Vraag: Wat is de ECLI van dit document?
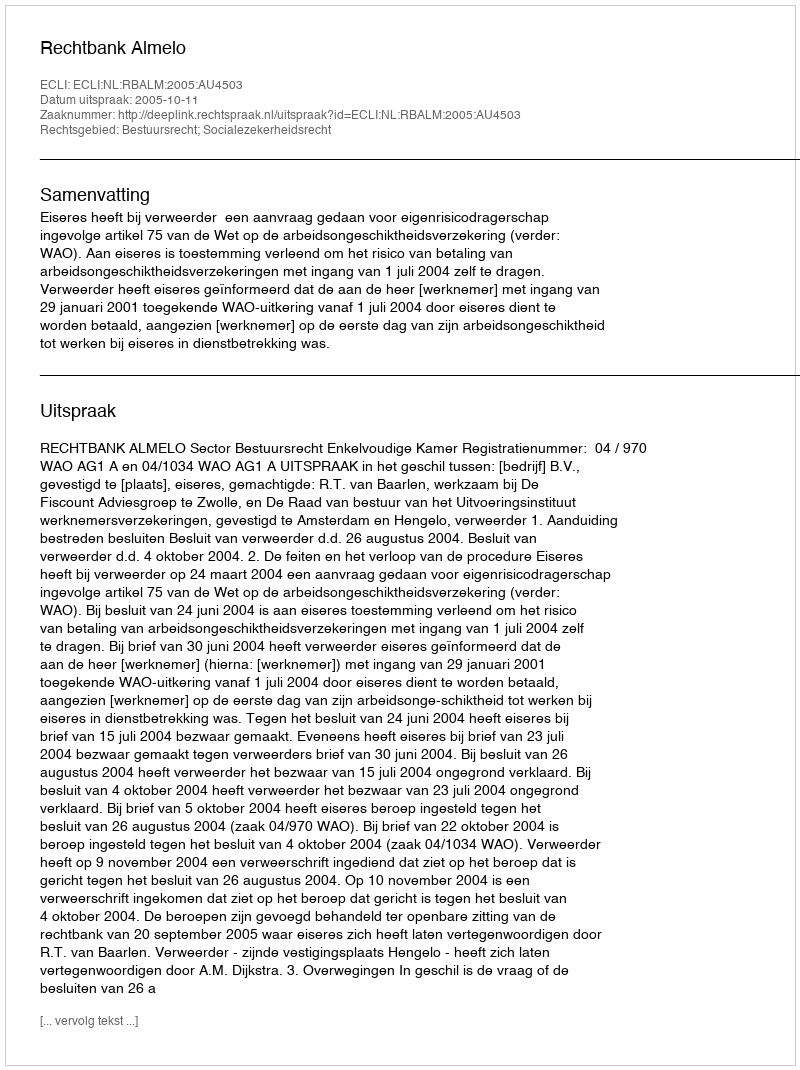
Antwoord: ECLI:NL:RBALM:2005:AU4503